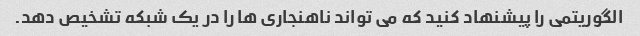
الگوریتمی را پیشنهاد کنید که می تواند ناهنجاری ها را در یک شبکه تشخیص دهد.